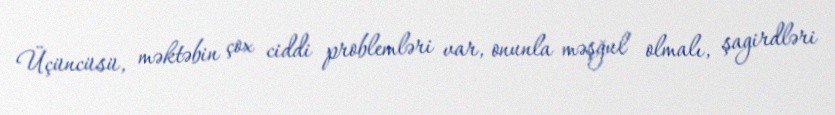
Üçüncüsü, məktəbin çox ciddi problemləri var, onunla məşğul olmalı, şagirdləri